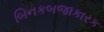
બિનકબજાકારક